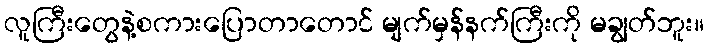
လူကြီးတွေနဲ့စကားပြောတာတောင် မျက်မှန်နက်ကြီးကို မချွတ်ဘူး။